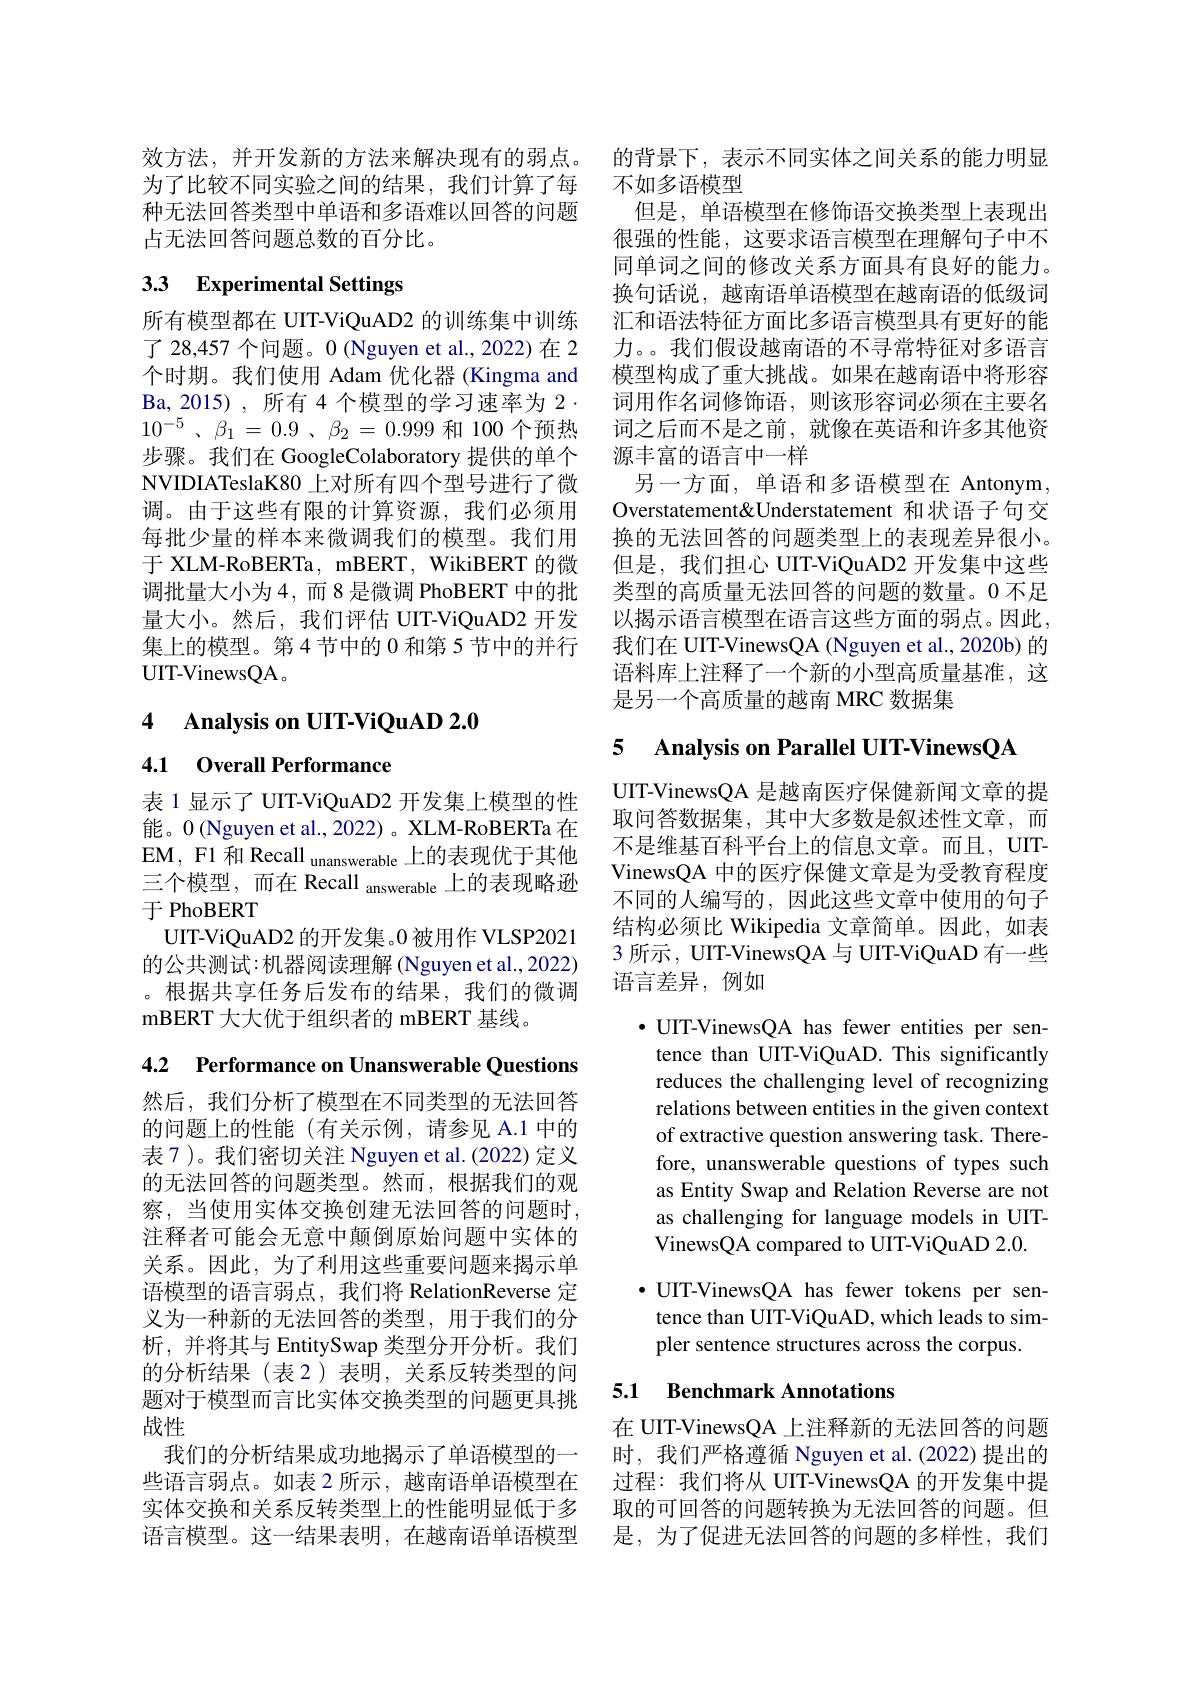
效方法，并开发新的方法来解决现有的弱点。的背景下，表示不同实体之间关系的能力明显
为了比较不同实验之间的结果，我们计算了每 不如多语模型
种无法回答类型中单语和多语难以回答的问题 但是，单语模型在修饰语交换类型上表现出
占无法回答问题总数的百分比。

# 3.3 Experimental Settings

$10^{- 5}$ $、 \beta _1= 0. 9$ , $\beta _2$ = 0.999 和 100 个预热步骤。我们在 GoogleColaboratory 提供的单个NVIDIATeslaK80 上对所有四个型号进行了微调。由于这些有限的计算资源，我们必须用每批少量的样本来微调我们的模型。我们用于 XLM-RoBERTa, mBERT, WikiBERT 的微调批量大小为4，而8 是微调 PhoBERT 中的批量大小。然后，我们评估 UIT-ViQuAD2 开发集上的模型。第4节中的 0 和第 5 节中的并行UIT-VinewsQA。

4 $\textbf{Analysis on UIT- ViQuAD 2. 0}$

4.1 Overall Performance

表 1 显示了 UIT-ViQuAD2 开发集上模型的性能。0 (Nguyen et al., 2022) 。XLM-RoBERTa 在EM, F1 和 Recall unanswerable 上的表现优于其他三个模型，而在 Recall answerable 上的表现略逊于 PhoBERT
UIT-ViQuAD2 的开发集。0 被用作 VLSP2021的公共测试：机器阅读理解 (Nguyen et al.,2022) 。根据共享任务后发布的结果，我们的微调mBERT 大大优于组织者的 mBERT 基线。

4.2 Performance on Unanswerable Questions

然后，我们分析了模型在不同类型的无法回答的问题上的性能(有关示例，请参见 A.1 中的表 7 )。我们密切关注 Nguyen et al.(2022) 定义的无法回答的问题类型。然而，根据我们的观察，当使用实体交换创建无法回答的问题时， 注释者可能会无意中颠倒原始问题中实体的关系。因此，为了利用这些重要问题来揭示单语模型的语言弱点，我们将 RelationReverse 定义为一种新的无法回答的类型，用于我们的分析，并将其与 EntitySwap 类型分开分析。我们的分析结果(表2)表明，关系反转类型的问题对于模型而言比实体交换类型的问题更具挑战性
我们的分析结果成功地揭示了单语模型的一 时，我们严格遵循 Nguyen et al.(2022) 提出的些语言弱点。如表 2 所示，越南语单语模型在 过程：我们将从 UIT-VinewsQA 的开发集中提实体交换和关系反转类型上的性能明显低于多 取的可回答的问题转换为无法回答的问题。但语言模型。这一结果表明，在越南语单语模型 是，为了促进无法回答的问题的多样性，我们

很强的性能，这要求语言模型在理解句子中不同单词之间的修改关系方面具有良好的能力。换句话说，越南语单语模型在越南语的低级词
所有模型都在 UIT-ViQuAD2 的训练集中训练 汇和语法特征方面比多语言模型具有更好的能了 28,457 个问题。0 (Nguyen et al., 2022) 在 2 力。。我们假设越南语的不寻常特征对多语言个时期。我们使用 Adam 优化器 (Kingma and 模型构成了重大挑战。如果在越南语中将形容Ba,2015) , 所有 4 个模型的学习速率为 $2\cdot$ 词用作名词修饰语，则该形容词必须在主要名
词之后而不是之前，就像在英语和许多其他资
源丰富的语言中一样
另一方面，单语和多语模型在 Antonym, Overstatement&Understatement 和状语子句交换的无法回答的问题类型上的表现差异很小。但是，我们担心 UIT-ViQuAD2 开发集中这些类型的高质量无法回答的问题的数量。0 不足以揭示语言模型在语言这些方面的弱点。因此， 我们在 UIT-VinewsQA (Nguyen et al., 2020b) 的语料库上注释了一个新的小型高质量基准，这是另一个高质量的越南 MRC 数据集

# 5 Analysis on Parallel UIT-VinewsQA

UIT-VinewsQA 是越南医疗保健新闻文章的提取问答数据集，其中大多数是叙述性文章，而不是维基百科平台上的信息文章。而且，UITVinewsQA 中的医疗保健文章是为受教育程度不同的人编写的，因此这些文章中使用的句子结构必须比 Wikipedia 文章简单。因此，如表3 所示 , UIT-VinewsQA 与 UIT-ViQuAD 有一些语言差异，例如

·UIT-VinewsQA has fewer entities per sen-
tence than UIT-ViQuAD. This significantly reduces the challenging level of recognizing relations between entities in the given context of extractive question answering task. Therefore, unanswerable questions of types such as Entity Swap and Relation Reverse are not as challenging for language models in UITVinewsQA compared to UIT-ViQuAD 2.0.

$\bullet$ UIT-VinewsQA has fewer tokens per sentence than UIT-ViQuAD, which leads to simpler sentence structures across the corpus.

## 5.1 Benchmark Annotations

在 UIT-VinewsQA 上注释新的无法回答的问题